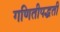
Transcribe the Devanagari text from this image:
गणितीपद्धती